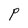
Character: P